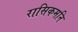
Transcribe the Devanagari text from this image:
रासिकमनि